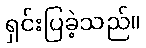
ရှင်းပြခဲ့သည်။